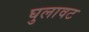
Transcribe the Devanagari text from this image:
घुलावट